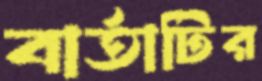
বার্তাটির